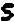
S